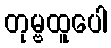
တုမ္ဗထူပေါ